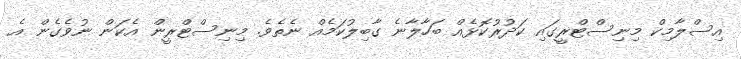
އިސްލާމިކް މިނިސްޓްރީގައި ކަދުރުކޮޅެއް ބަހާލާނެ ގާބިލުކަމެއް ނެތެވެ. މިނިސްޓްރީން އެކަން ނުވެގެން އެ